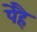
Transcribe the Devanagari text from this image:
पेहै